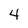
Character: 4